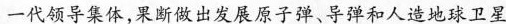
一代领导集体，果断做出发展原子弹、导弹和人造地球卫星